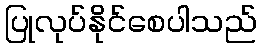
ပြုလုပ်နိုင်စေပါသည်